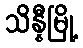
သိန္နီမြို့